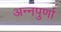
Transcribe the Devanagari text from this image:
अन्‍नपुर्णा